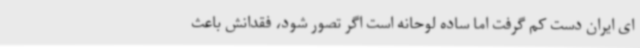
ای ایران دست کم گرفت اما ساده لوحانه است اگر تصور شود، فقدانش باعث